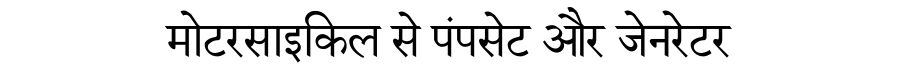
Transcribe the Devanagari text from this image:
मोटरसाइकिल से पंपसेट और जेनरेटर